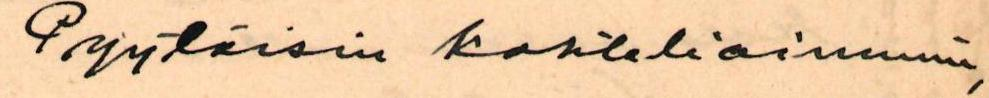
Pyytäisin kohteliaimmin,